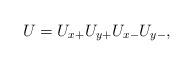
LaTeX: \begin{align*}U = U_{x+}U_{y+}U_{x-}U_{y-},\end{align*}